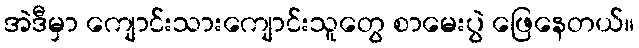
အဲဒီမှာ ကျောင်းသားကျောင်းသူတွေ စာမေးပွဲ ဖြေနေတယ်။